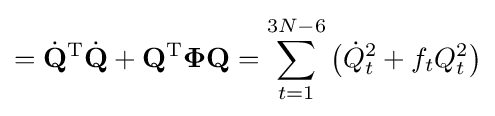
={\dot {\mathbf {Q} }}^{\mathrm {T} }{\dot {\mathbf {Q} }}+\mathbf {Q} ^{\mathrm {T} }{\boldsymbol {\Phi }}\mathbf {Q} =\sum _{t=1}^{3N-6}{\big (}{\dot {Q}}_{t}^{2}+f_{t}Q_{t}^{2}{\big )}